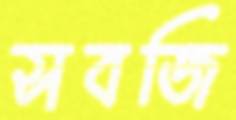
সবজি